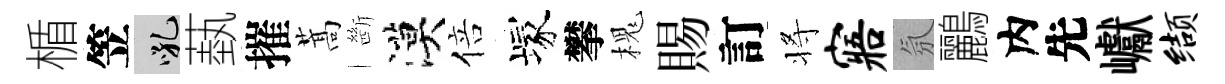
楯笠吼蓺摧蒿㫁漠倍塚攀槐賜訂将寤氛鸝内先巘缬